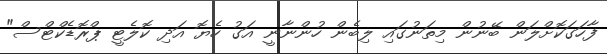
ފާހަގަކޮށްލަން ބޭނުން މިތަނުގައި ލިބެން ހުންނާނީ އަގު ހެޔޮ އަދި ކޮލެޓީ ޕްރޮޑެކްޓްސް"